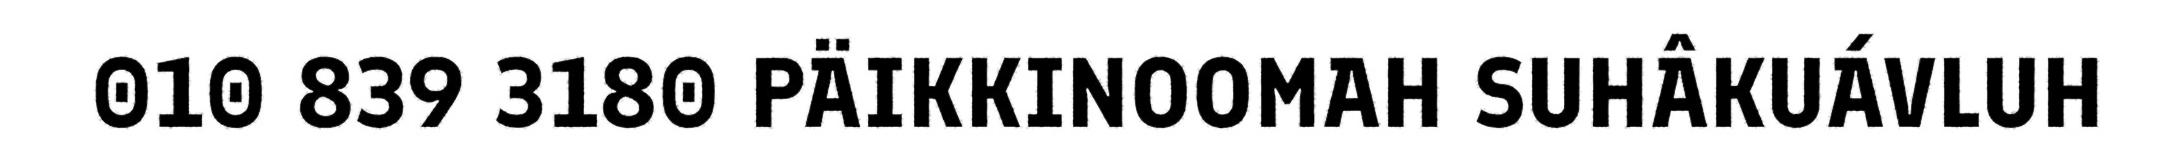
010 839 3180 PÄIKKINOOMAH SUHÂKUÁVLUH